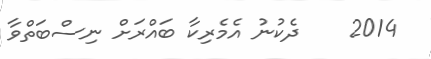
2014    ދެކުނު އެމެރިކާ ބައްރަށް ނިސްބަތްވާ